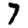
Digit: 7